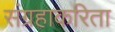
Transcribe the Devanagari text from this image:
संग्रहाकरिता